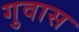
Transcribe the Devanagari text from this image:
गुवास